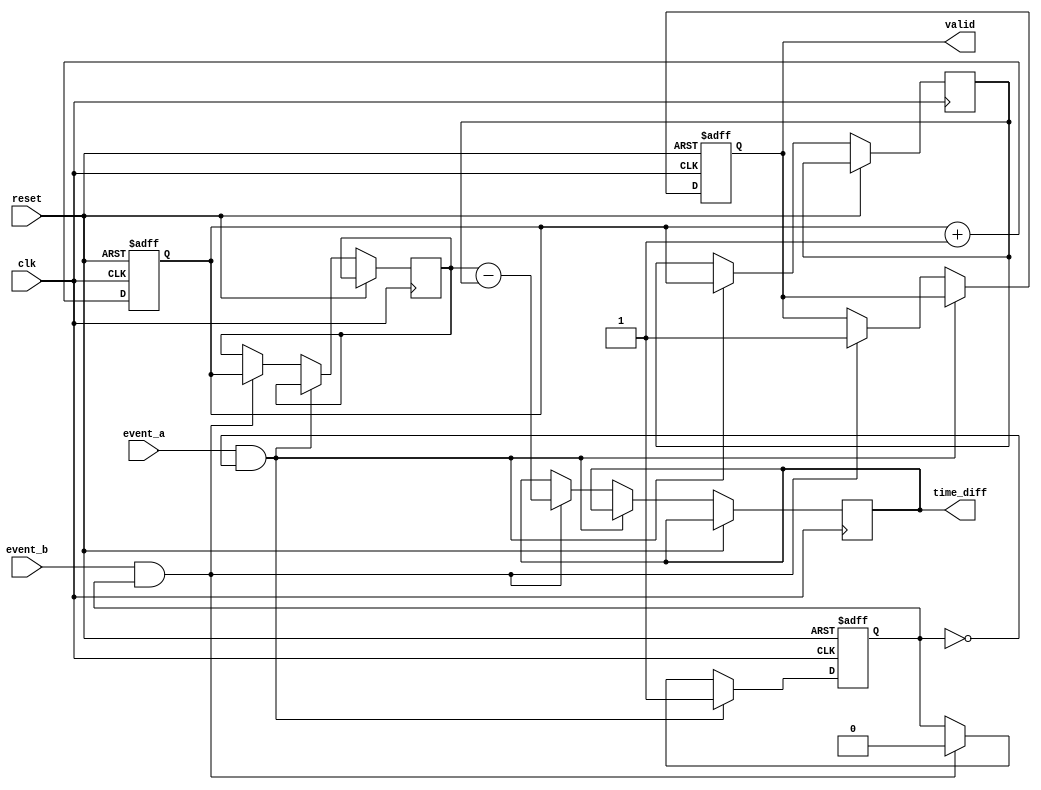
module hybrid_tdc (
    input wire clk,              // High-frequency clock
    input wire event_a,          // Input for event A
    input wire event_b,          // Input for event B
    input wire reset,            // Reset signal
    output reg [31:0] time_diff, // Output for time difference
    output reg valid             // Output flag for valid measurement
);

    // Parameters
    parameter MEMORY_SIZE = 16; // Number of memory entries
    parameter TIME_RESOLUTION = 32; // Bit width for time measurement

    // Internal signals
    reg [TIME_RESOLUTION-1:0] time_counter; // Time counter
    reg [TIME_RESOLUTION-1:0] time_a;        // Captured time for event A
    reg [TIME_RESOLUTION-1:0] time_b;        // Captured time for event B
    reg [TIME_RESOLUTION-1:0] memory [0:MEMORY_SIZE-1]; // Memory block
    reg [3:0] write_address; // Write address for memory
    reg [3:0] read_address;  // Read address for memory
    reg capturing;           // Flag to indicate capturing state

    // Initialization
    initial begin
        time_counter = 0;
        write_address = 0;
        read_address = 0;
        capturing = 0;
        valid = 0;
        time_diff = 0;
    end

    // Time Measurement Unit (TMU)
    always @(posedge clk or posedge reset) begin
        if (reset) begin
            time_counter <= 0;
        end else begin
            time_counter <= time_counter + 1; // Increment the time counter
        end
    end

    // Event Detection and Capture
    always @(posedge clk or posedge reset) begin
        if (reset) begin
            write_address <= 0;
            capturing <= 0;
            valid <= 0;
        end else begin
            if (event_a && !capturing) begin
                time_a <= time_counter; // Capture time for event A
                capturing <= 1; // Set capturing state
            end else if (event_b && capturing) begin
                time_b <= time_counter; // Capture time for event B
                capturing <= 0; // Reset capturing state
                // Calculate time difference
                time_diff <= time_b - time_a;
                valid <= 1; // Set valid flag
                // Store time difference in memory
                memory[write_address] <= time_diff;
                write_address <= write_address + 1; // Increment write address
                if (write_address >= MEMORY_SIZE) begin
                    write_address <= 0; // Wrap around write address
                end
            end
        end
    end

    // Data Retrieval (Example: Read from memory)
    always @(posedge clk or posedge reset) begin
        if (reset) begin
            read_address <= 0;
        end else begin
            // You can implement a control mechanism to read the memory
            // For example, on a specific control signal
            // time_diff <= memory[read_address]; // Read from memory
            // read_address <= read_address + 1; // Increment read address
            // if (read_address >= MEMORY_SIZE) begin
            //     read_address <= 0; // Wrap around read address
            // end
        end
    end

endmodule